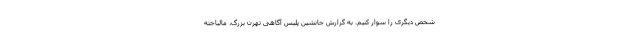
شخص دیگری را سوار کنیم. به گزارش جانشین پلیس آگاهی تهرن بزرگ، مالباخته